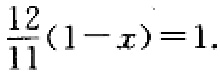
$\frac{12}{11}(1 - x)=1.$